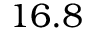
1 6 . 8